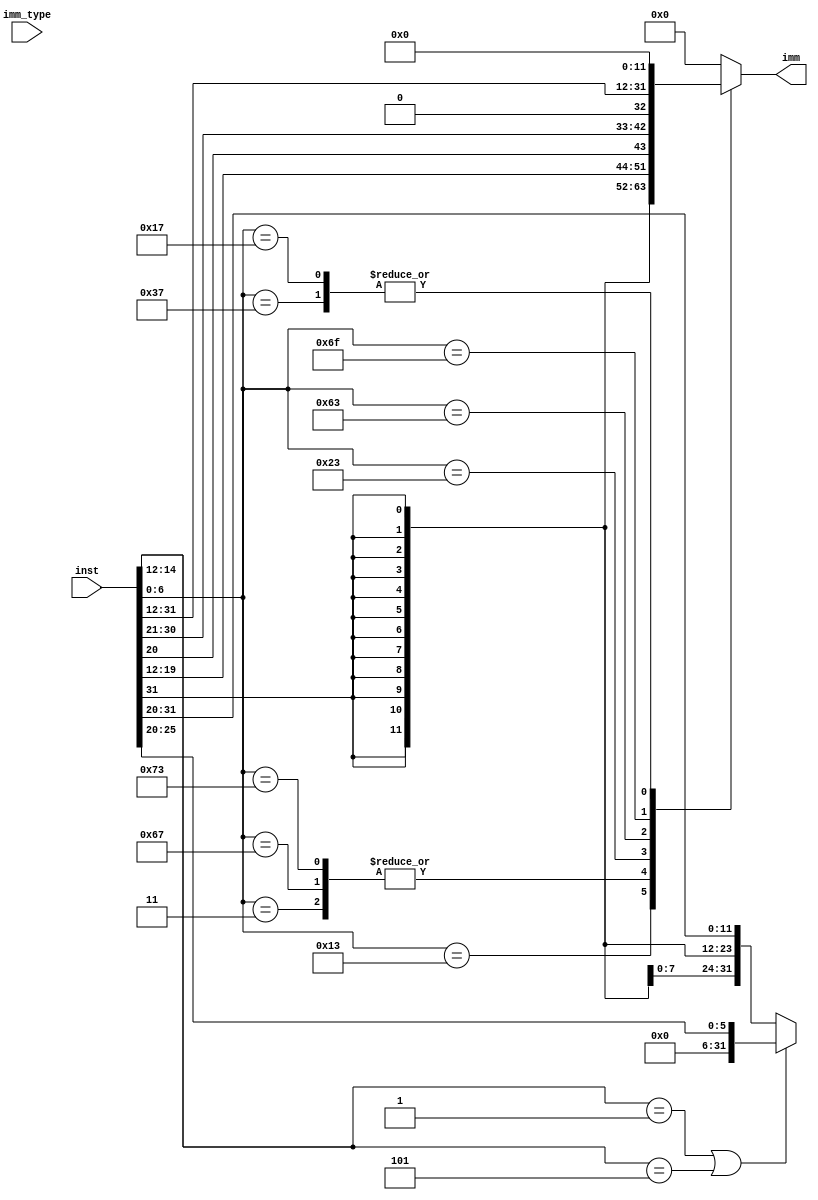
`timescale 1ns / 1ps

module Immediate (
    input [2:0] imm_type,
    input [31:0] inst,
    output reg [31:0] imm
);
    // Support addi, lui, auipc, beq, blt, jal, jalr, lw, sw

    // Judge opcode
    wire [6:0] opcode = inst[6:0];
    wire [2:0] func = inst[14:12];

    // Immediate value for different instruction types
    wire [31:0] imm_i = {{20{inst[31]}}, inst[31:20]};
    wire [31:0] imm_r = {{20{inst[31]}}, inst[31:25], inst[11:7]};
    wire [31:0] imm_b = {{20{inst[31]}}, inst[7], inst[30:25], inst[11:8], 1'b0};
    wire [31:0] imm_j = {{12{inst[31]}}, inst[19:12], inst[20], inst[30:21], 1'b0};
    wire [31:0] imm_u = {inst[31:12], 12'b0};

    // Immediate value gen
    always @(*) begin
        imm = 0;
        case (opcode)
            7'b0010011: imm = (func == 3'b001 || func == 3'b101) ? imm_i[5:0] : imm_i; // ARITHI (I-type)
            7'b0110111: imm = imm_u; // lui (U-type)
            7'b0000011: imm = imm_i; // lw (I-type)
            7'b1100111: imm = imm_i; // jalr (I-type)
            7'b1110011: imm = imm_i; // csrrs (I-type)
            7'b0100011: imm = imm_r; // sw (R-type)
            7'b1100011: imm = imm_b; // branch (B-type)
            7'b1101111: imm = imm_j; // jal (J-type)
            7'b0010111: imm = imm_u; // auipc (U-type)
            default: imm = 0;
        endcase
    end

endmodule